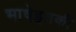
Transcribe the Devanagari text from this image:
भाषेइतकी